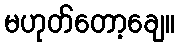
မဟုတ်တော့ချေ။